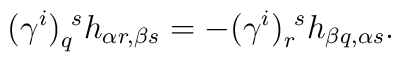
(\gamma^i)_{q}^{~s}h_{\alpha r,\beta s}=-(\gamma^i)_{r}^{~s}h_{\beta q,\alpha s}.